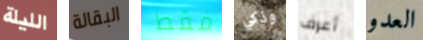
الليلة البقالة فقط وذكي أعرف العدو